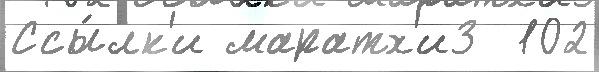
Ссы́лк'и маратх'и3  102